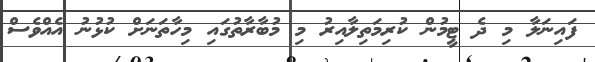
ފައިނަލާ މި ދެ ޓީމުން ކުރިމަތިލާއިރު މި މުބާރާތުގައި މިހާތަނަށް ކުޅުނު އެއްވެސް